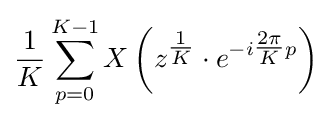
{\frac {1}{K}}\sum _{p=0}^{K-1}X\left(z^{\tfrac {1}{K}}\cdot e^{-i{\tfrac {2\pi }{K}}p}\right)